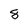
Character: 8